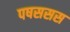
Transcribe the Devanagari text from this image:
पषससस